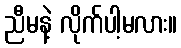
ညီမနဲ့ လိုက်ပါ့မလား။